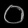
Digit: ၀